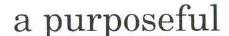
 a purposeful